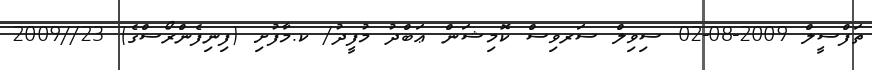
ތަފްސީލް 2009-08-02 ސިވިލް ސަރވިސް ކޮމިޝަން ޢަބްދު މުފީދު/ ކ.މާފުށި (ފިނިފެންރޯސްގެ) 23//2009